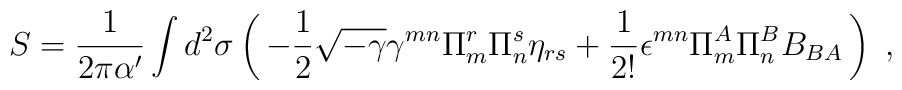
S =  \frac{1}{2\pi \alpha'} \int d^2 \sigma  \left( \, -\frac{1}{2} \sqrt{-\gamma} \gamma^{mn}            \Pi^r_m \Pi^s_n \eta_{rs}        +\frac{1}{2!} \epsilon^{mn} \Pi^A_m \Pi^B_n B_{BA} \,  \right)~,